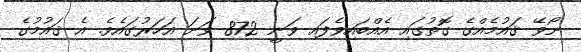
ނޯވޭ ޤައުމެއްގެ ގޮތުގައި އެއްބައިވެފައި ވަނީ 872 ވަނަ އަހަރުގައެވެ. އެ ޤައުމުގެ